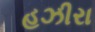
હઝીરા